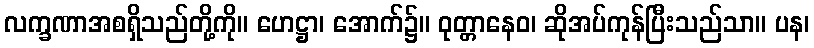
လက္ခဏာအစရှိသည်တို့ကို။ ဟေဋ္ဌာ၊ အောက်၌။ ဝုတ္တာနေဝ၊ ဆိုအပ်ကုန်ပြီးသည်သာ။ ပန၊